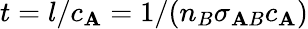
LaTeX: t=l/c_{\mathbf{A}}=1/(n_{B}\sigma_{\mathbf{A}B}c_{\mathbf{A}})